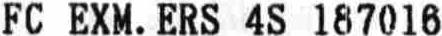
FC EXM. ERS 4S 187016